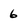
Character: 6